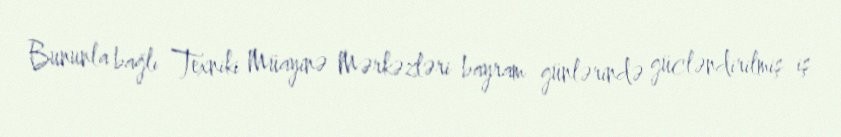
Bununla bağlı Texniki Müayinə Mərkəzləri bayram günlərində gücləndirilmiş iş